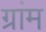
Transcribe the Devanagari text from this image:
ग्रांम